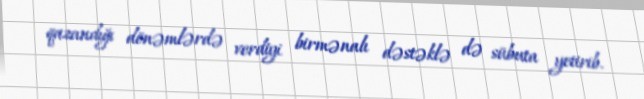
qazandığı dönəmlərdə verdiyi birmənalı dəstəklə də sübuta yetirib.